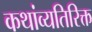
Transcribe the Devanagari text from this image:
कथांव्यतिरिक्त